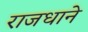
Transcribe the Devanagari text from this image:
राजधाने